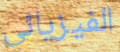
الفيزيائي